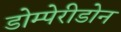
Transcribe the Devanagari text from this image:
डोम्पेरीडोन